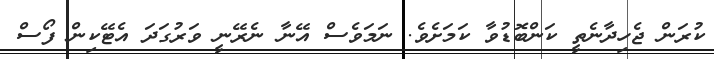
ކުރަން ޖެހިދާނެތީ ކަންބޮޑުވާ ކަމަށެވެ. ނަމަވެސް އޭނާ ނެރޭނީ ވަރުގަދަ އެޓޭކިން ފޯސް